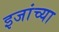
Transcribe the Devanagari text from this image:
इजांच्या